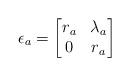
LaTeX: \begin{align*} \epsilon_a= \begin{bmatrix} r_a& \lambda_a\\ 0&r_a \end{bmatrix} \end{align*}